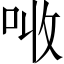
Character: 𠲠